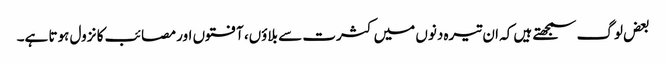
بعض لوگ سمجھتے ہیں کہ ان تیرہ دنوں میں کثرت سے بلاوٴں، آفتوں اور مصائب کا نزول ہوتا ہے۔